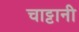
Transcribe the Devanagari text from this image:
चाट्टानी